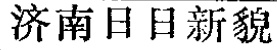
济南日日新貌